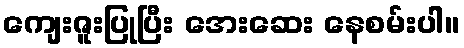
ကျေးဇူးပြုပြီး အေးဆေး နေစမ်းပါ။